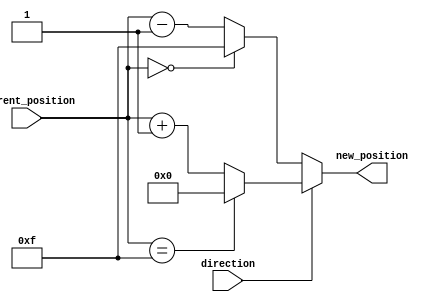
module RelativeEncoder #(
    parameter N = 4 // Number of bits for position
)(
    input [N-1:0] current_position, // Current position (N bits)
    input direction,                 // Direction signal (1 bit)
    output reg [N-1:0] new_position  // New position (N bits)
);

    // Maximum value for N bits
    localparam MAX_POSITION = (1 << N) - 1; // 2^N - 1

    always @(*) begin
        if (direction) begin
            // Clockwise movement
            if (current_position == MAX_POSITION) begin
                new_position = 0; // Wrap around to 0
            end else begin
                new_position = current_position + 1; // Increment position
            end
        end else begin
            // Counterclockwise movement
            if (current_position == 0) begin
                new_position = MAX_POSITION; // Wrap around to max value
            end else begin
                new_position = current_position - 1; // Decrement position
            end
        end
    end

endmodule